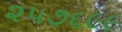
૨૫૭૬૯૯